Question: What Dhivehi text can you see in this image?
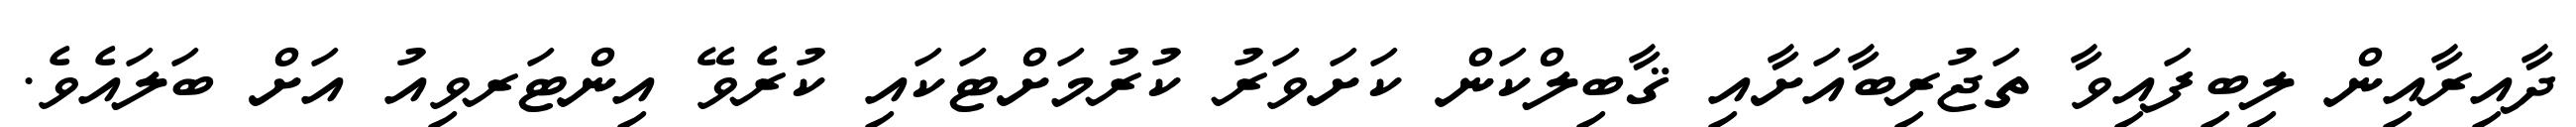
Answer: ދާއިރާއިން ލިބިފައިވާ ތަޖުރިބާއަށާއި ޤާބިލްކަން ކަށަވަރު ކުރުމަށްޓަކައި ކުރެވޭ އިންޓަރވިއު އަށް ބަލައެވެ.